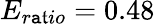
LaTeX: E_{r\mathtt{a}\mathfrak{t}io}=0.48